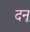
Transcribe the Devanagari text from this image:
दनू